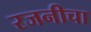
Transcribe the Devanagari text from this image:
रजनीचा